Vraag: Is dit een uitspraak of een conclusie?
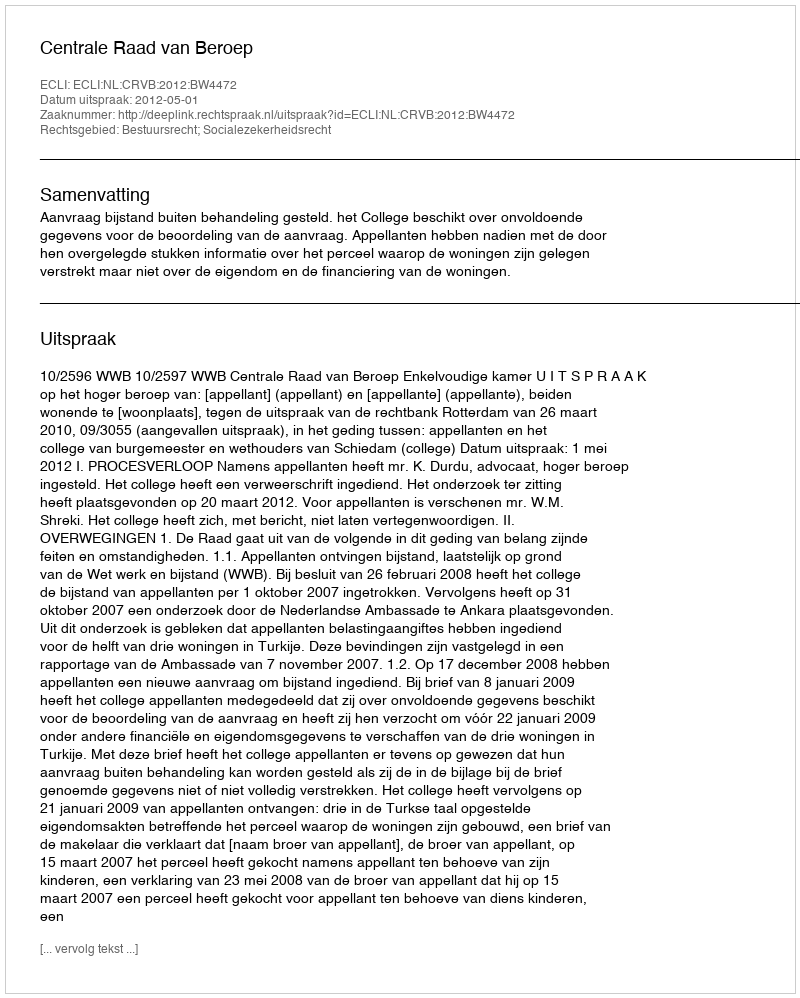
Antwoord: Uitspraak